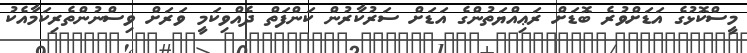
މީސްކޮޅުގެ އަޑަށްވުރެ ބޮޑަށް ރަޢިއްޔަތުންގެ އަޑަށް ސަރުކާރުން ކަންފަތް ދެއްވިކަމީ ވަރަށް ވިސްނުންތެރިކަމާއެކު